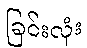
ခြင်းလုံး